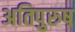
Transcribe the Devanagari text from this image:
अतिपुरुष